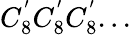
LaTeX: C_{8}^{'}C_{8}^{'}C_{8}^{'}...